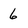
Character: 6